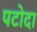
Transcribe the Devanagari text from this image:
पटोदा